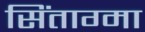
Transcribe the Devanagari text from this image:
सिंताग्मा